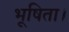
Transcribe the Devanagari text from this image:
भूषिता।